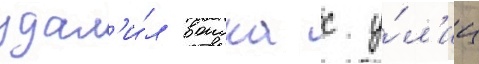
удал'и́л воиска с у́л'иц